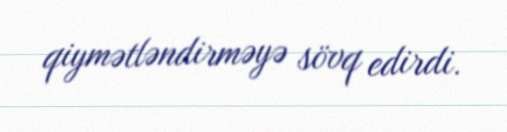
qiymətləndirməyə sövq edirdi.